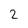
Character: 2